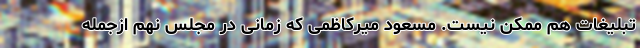
تبلیغات هم ممکن نیست. مسعود میرکاظمی که زمانی در مجلس نهم ازجمله